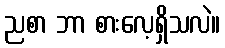
ညစာ ဘာ စားလေ့ရှိသလဲ။